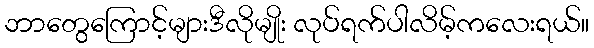
ဘာတွေကြောင့်များဒီလိုမျိုး လုပ်ရက်ပါလိမ့်ကလေးရယ်။